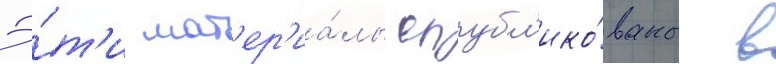
Э́т'и мат'ер'иа́лы опубл'ико́ваны в